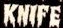
KNIFE